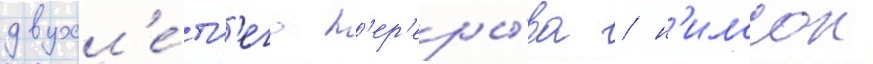
двухл'е́тн'его п'ер'еры́ва / н'илссон